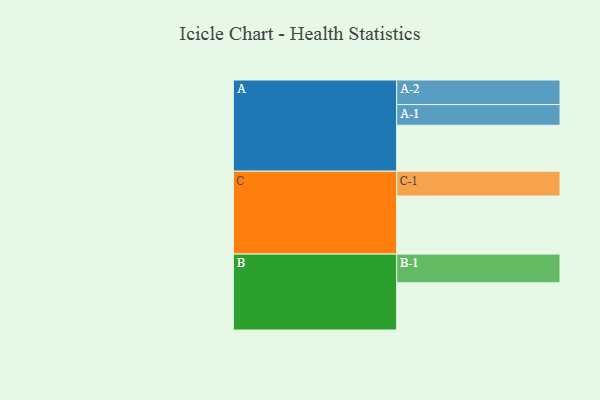
{"axis": {"x": "Segment", "y": "Value"}, "legend": ["", "A", "B", "C"], "data": [{"x": "A", "y": 402, "type": ""}, {"x": "B", "y": 413, "type": ""}, {"x": "C", "y": 508, "type": ""}, {"x": "A-1", "y": 181, "type": "A"}, {"x": "A-2", "y": 215, "type": "A"}, {"x": "B-1", "y": 251, "type": "B"}, {"x": "C-1", "y": 217, "type": "C"}]}